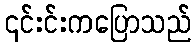
၎င်းင်းကပြောသည်